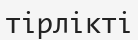
тірлікті